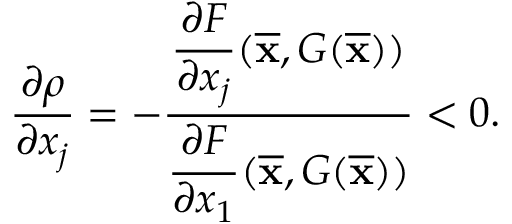
\begin{array} { r } { \displaystyle \frac { \partial \rho } { \partial x _ { j } } = - \frac { \displaystyle \frac { \partial F } { \partial x _ { j } } ( \overline { \mathbf { x } } , G ( \overline { \mathbf { x } } ) ) } { \displaystyle \frac { \partial F } { \partial x _ { 1 } } ( \overline { \mathbf { x } } , G ( \overline { \mathbf { x } } ) ) } < 0 . } \end{array}